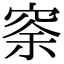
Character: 𥥸